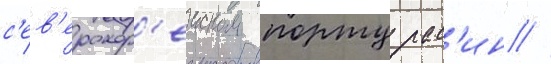
с'ев'ерокор'еиском порту рас'ин //